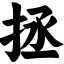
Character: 拯